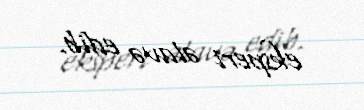
ekspert əlavə edib.